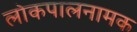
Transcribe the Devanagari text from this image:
लोकपालनामक